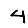
Digit: 4